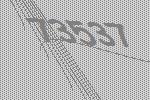
73537